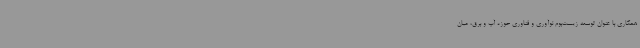
همکاری با عنوان توسعه زیست‌بوم نوآوری و فناوری حوزه آب و برق، میان